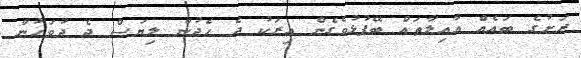
ރަށުގެ ބައެއް އާއިލާތައް ބޭފުޅުވެގެން އިރަކު ދެ ހެދުން ލިޔަސް ދެ ދުވަހުން